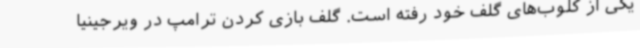
یکی از کلوب‌های گلف خود رفته است. گلف بازی کردن ترامپ در ویرجینیا